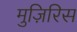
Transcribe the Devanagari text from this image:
मुज़िरिस